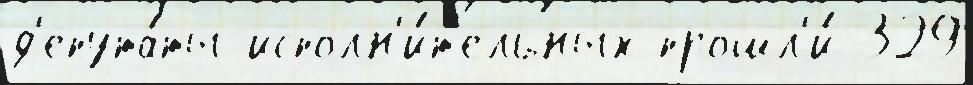
д'епута́ты исполн'и́т'ельных прошл'и́ 329